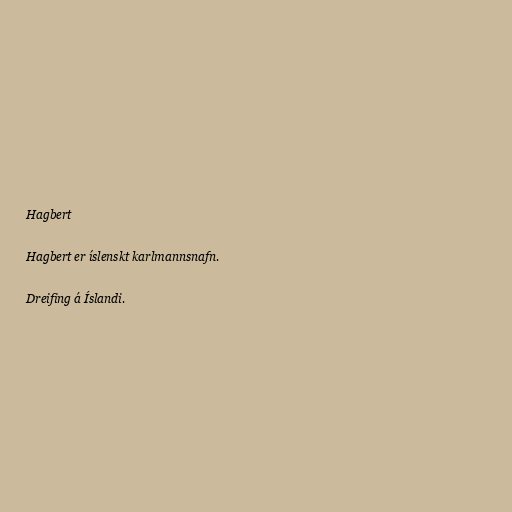
Hagbert

Hagbert er íslenskt karlmannsnafn.

Dreifing á Íslandi.